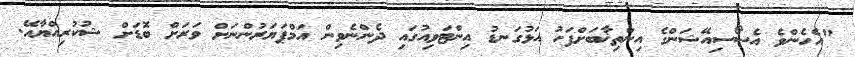
"އެހެންވެ އެސޯސިއޭޝަންގެ އިންތިޚާބަށްފަހު އަޅުގަނޑު އިންޓަވިއުގައި ދެންނެވިން އަމްޕަޔަރުންނަށް ވަރަށް ބޮޑަށް ޝުކުރިއްޔާއޭ.